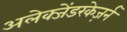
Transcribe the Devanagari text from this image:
अलेक्जेंडरकेज़र्न